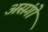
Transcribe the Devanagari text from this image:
असंगो